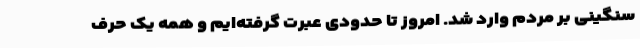
سنگینی بر مردم وارد شد. امروز تا حدودی عبرت گرفته‌ایم و همه یک حرف